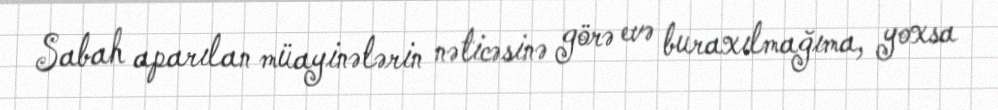
Sabah aparılan müayinələrin nəticəsinə görə evə buraxılmağıma, yoxsa